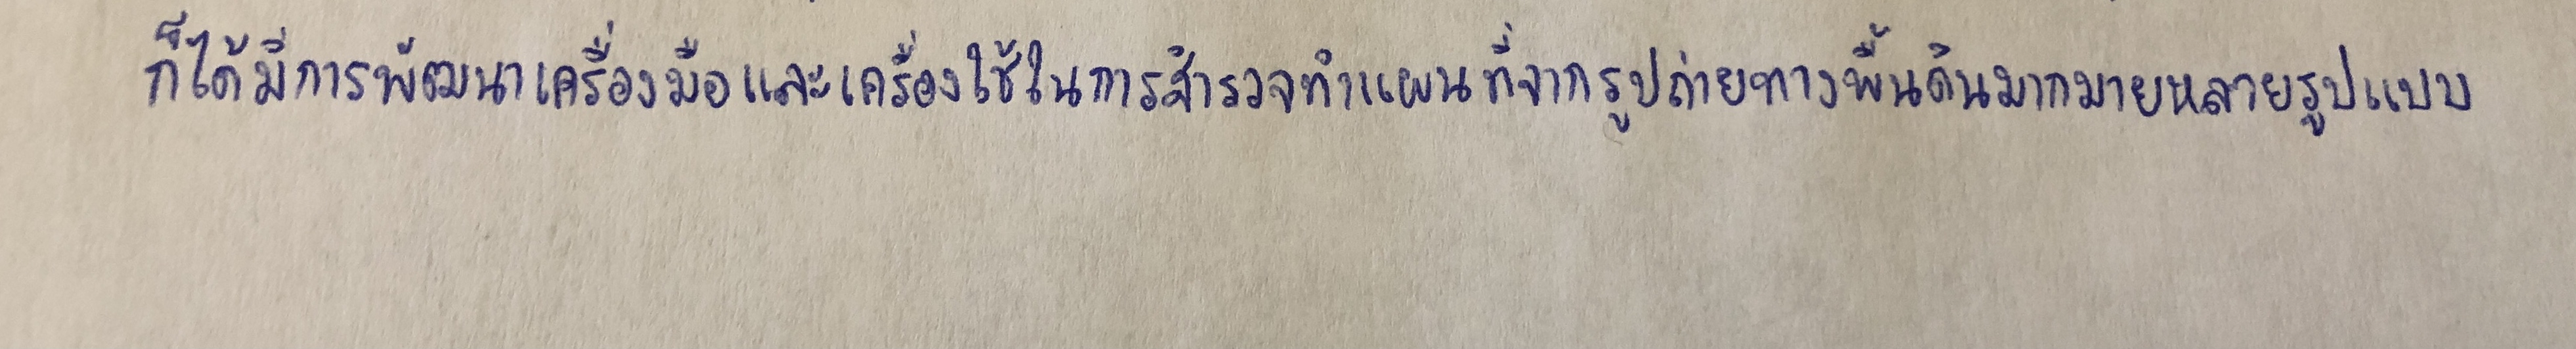
ก็ได้มีการพัฒนาเครื่องมือและเครื่องใช้ในการสำรวจทำแผนที่จากรูปถ่ายทางพื้นดินมากมายหลายรูปแบบ